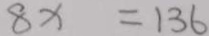
8 x = 1 3 6